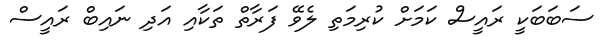
ސަބަބަކީ ރައީސް ކަމަށް ކުރިމަތި ލެވޭ ފަރާތް ތަކާއި އަދި ނައިބް ރައީސް